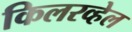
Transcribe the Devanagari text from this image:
किलरव्हेल